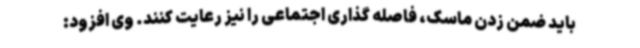
باید ضمن زدن ماسک، فاصله گذاری اجتماعی را نیز رعایت کنند. وی افزود: